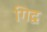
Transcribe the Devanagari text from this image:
गिद्व